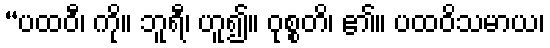
“ပထဝီ၊ ကို။ ဘူရီ၊ ဟူ၍။ ဝုစ္စတိ၊ ၏။ ပထဝိသမာယ၊